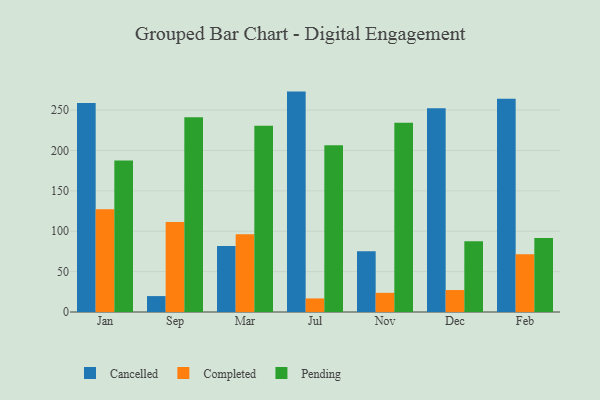
{"axis": {"x": "Month", "y": "Active Users"}, "legend": ["Cancelled", "Completed", "Pending"], "data": [{"x": "Jan", "y": 258.7, "type": "Cancelled"}, {"x": "Jan", "y": 127.1, "type": "Completed"}, {"x": "Jan", "y": 187.5, "type": "Pending"}, {"x": "Sep", "y": 19.7, "type": "Cancelled"}, {"x": "Sep", "y": 111.5, "type": "Completed"}, {"x": "Sep", "y": 241.0, "type": "Pending"}, {"x": "Mar", "y": 81.8, "type": "Cancelled"}, {"x": "Mar", "y": 96.2, "type": "Completed"}, {"x": "Mar", "y": 230.5, "type": "Pending"}, {"x": "Jul", "y": 272.9, "type": "Cancelled"}, {"x": "Jul", "y": 16.8, "type": "Completed"}, {"x": "Jul", "y": 206.5, "type": "Pending"}, {"x": "Nov", "y": 75.1, "type": "Cancelled"}, {"x": "Nov", "y": 23.7, "type": "Completed"}, {"x": "Nov", "y": 234.4, "type": "Pending"}, {"x": "Dec", "y": 252.4, "type": "Cancelled"}, {"x": "Dec", "y": 27.2, "type": "Completed"}, {"x": "Dec", "y": 87.6, "type": "Pending"}, {"x": "Feb", "y": 264.0, "type": "Cancelled"}, {"x": "Feb", "y": 71.5, "type": "Completed"}, {"x": "Feb", "y": 91.5, "type": "Pending"}]}